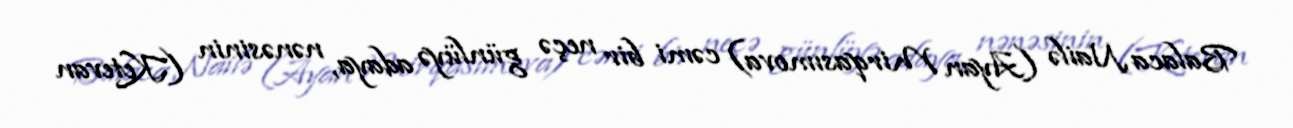
Balaca Nailə (Ayan Mirqasımova) cəmi bir neçə günlüyə adaya, nənəsinin (Ketevan